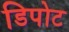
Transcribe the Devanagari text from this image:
डिपोट